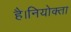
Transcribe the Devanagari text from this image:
है।नियोक्ता